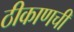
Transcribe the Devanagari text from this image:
ठीकाणची